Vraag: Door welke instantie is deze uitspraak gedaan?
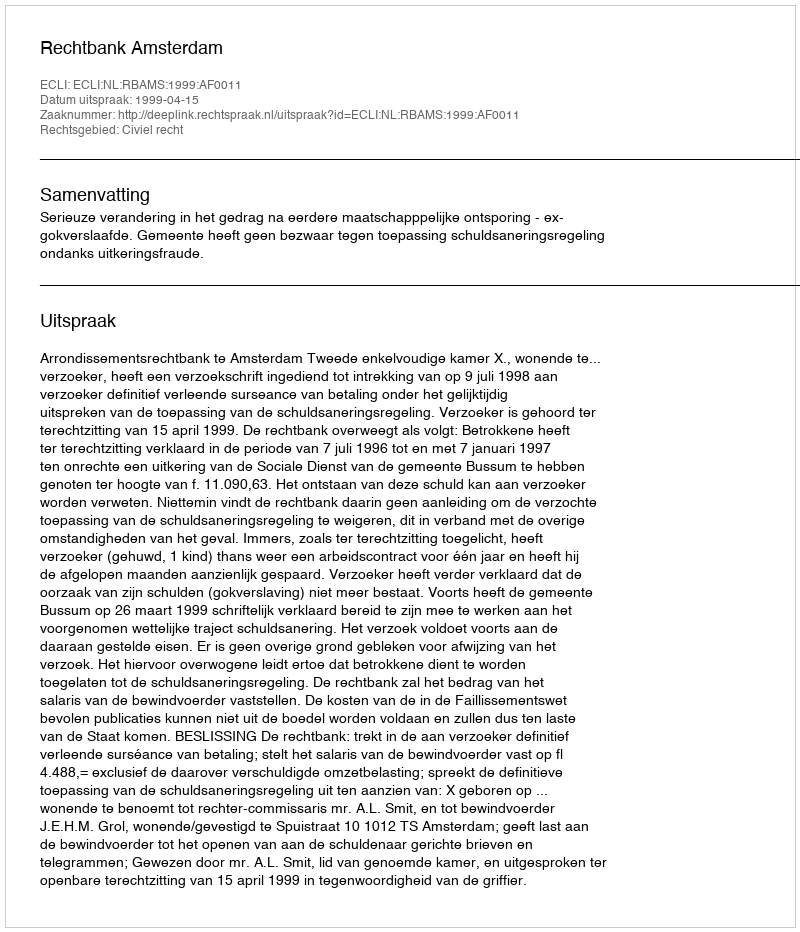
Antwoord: Rechtbank Amsterdam